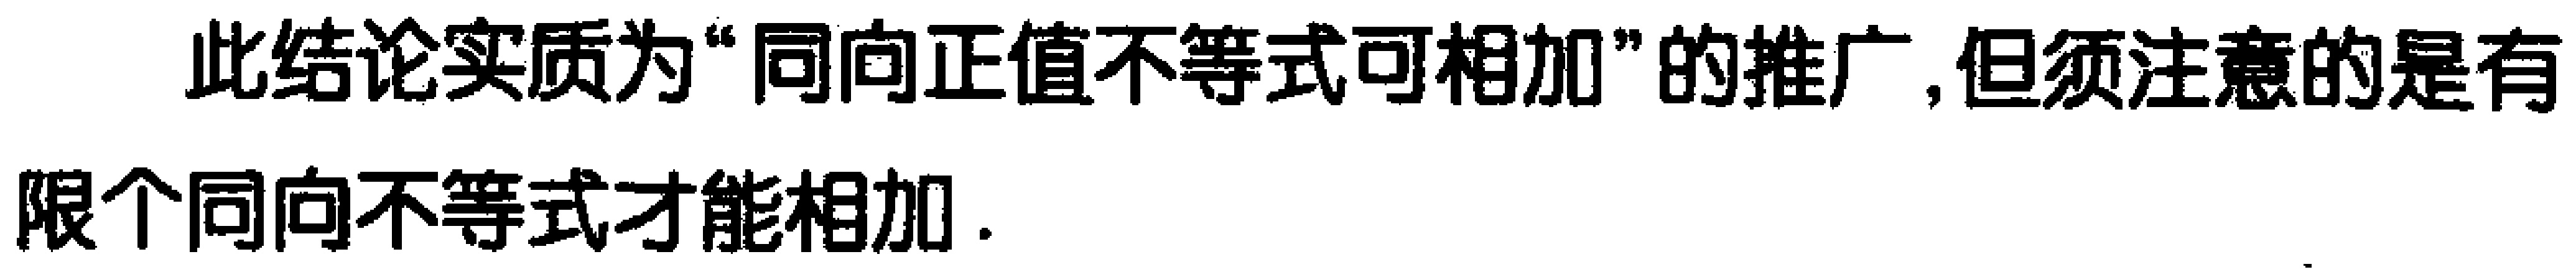
此结论实质为“同向正值不等式可相加”的推广,但须注意的是有限个同向不等式才能相加.